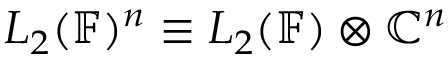
L _ { 2 } ( \mathbb { F } ) ^ { n } \equiv L _ { 2 } ( \mathbb { F } ) \otimes \mathbb { C } ^ { n }